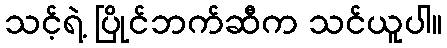
သင့်ရဲ့ ပြိုင်ဘက်ဆီက သင်ယူပါ။